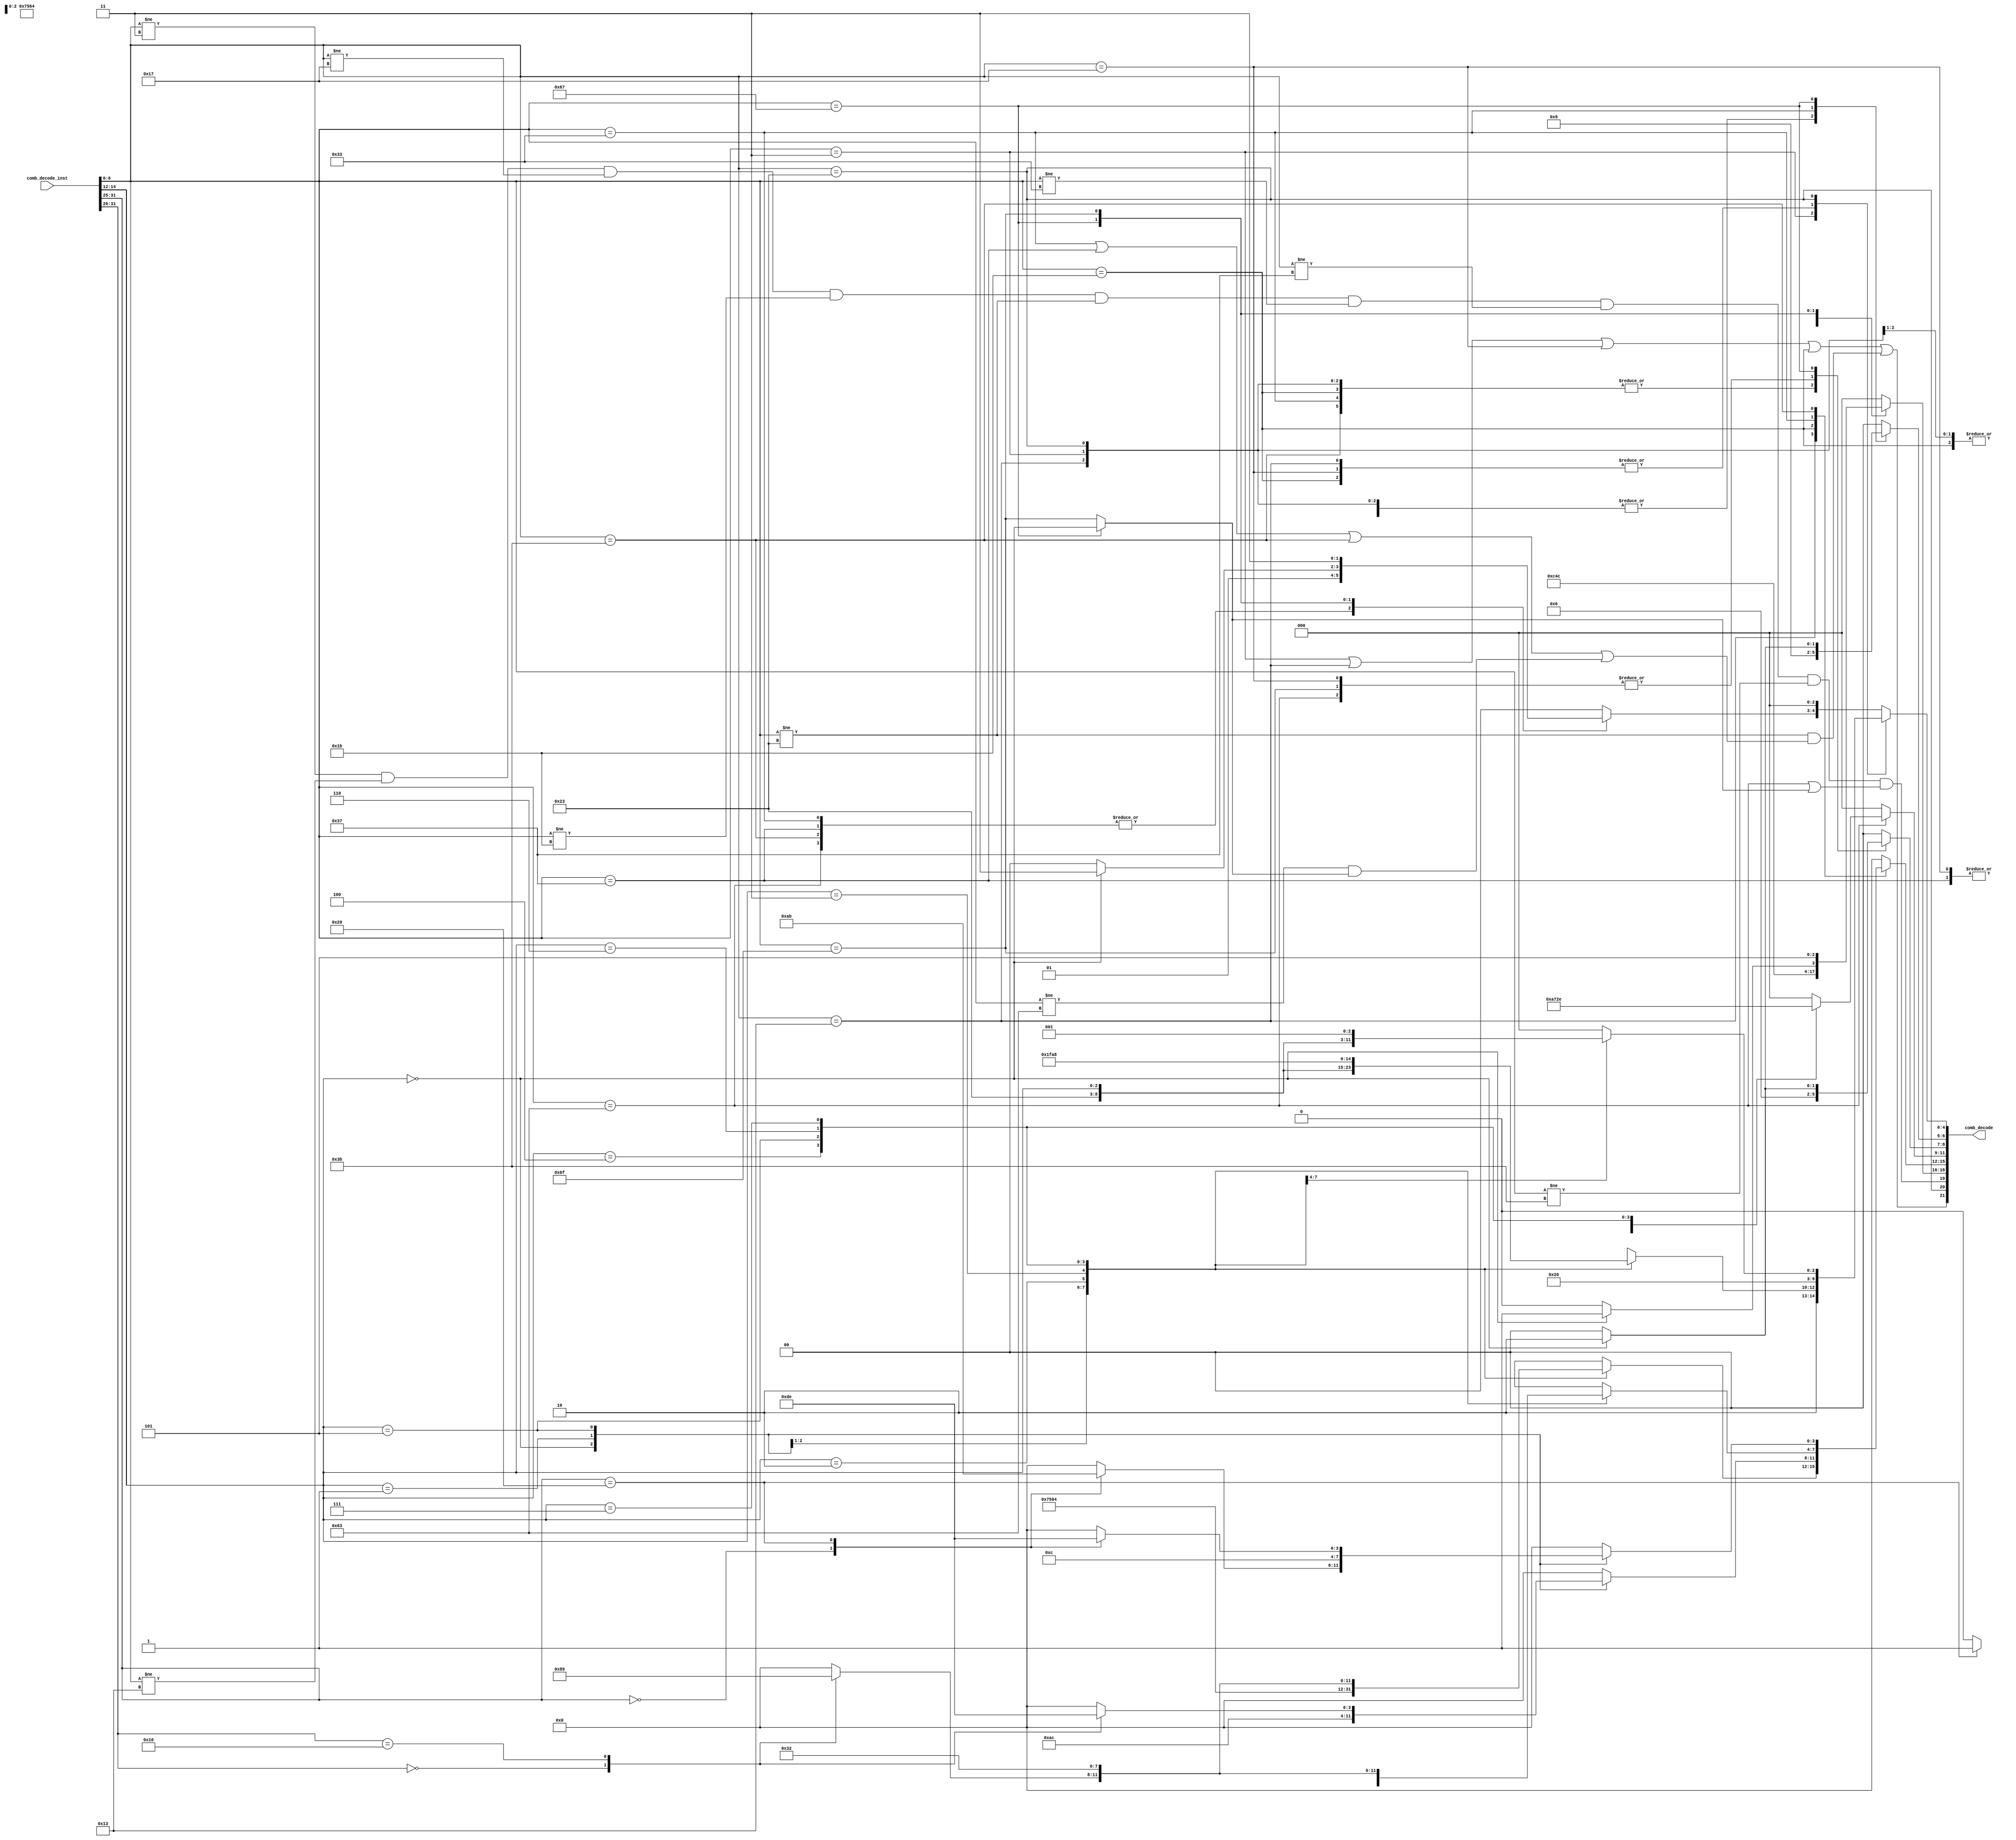
//
// Generated by Bluespec Compiler, version 2023.01 (build 52adafa5)
//
// On Sun May 28 17:16:47 CST 2023
//
//
// Ports:
// Name                         I/O  size props
// comb_decode                    O    22
// comb_decode_inst               I    32
//
// Combinational paths from inputs to outputs:
//   comb_decode_inst -> comb_decode
//
//

`ifdef BSV_ASSIGNMENT_DELAY
`else
  `define BSV_ASSIGNMENT_DELAY
`endif

`ifdef BSV_POSITIVE_RESET
  `define BSV_RESET_VALUE 1'b1
  `define BSV_RESET_EDGE posedge
`else
  `define BSV_RESET_VALUE 1'b0
  `define BSV_RESET_EDGE negedge
`endif

module module_comb_decode_full(comb_decode_inst,
			  comb_decode);
  // value method comb_decode
  input  [31 : 0] comb_decode_inst;
  output [21 : 0] comb_decode;

  // signals for module outputs
  wire [21 : 0] comb_decode;

  // remaining internal signals
  reg [4 : 0] CASE_comb_decode_inst_BITS_6_TO_0_0b11_2_CONCA_ETC__q17;
  reg [3 : 0] CASE_comb_decode_inst_BITS_14_TO_12_0b0_0_0b1__ETC__q1,
	      CASE_comb_decode_inst_BITS_14_TO_12_0b0_10_0b1_ETC__q3,
	      CASE_comb_decode_inst_BITS_14_TO_12_0b0_CASE_c_ETC__q5,
	      CASE_comb_decode_inst_BITS_14_TO_12_0b0_CASE_c_ETC__q8,
	      CASE_comb_decode_inst_BITS_31_TO_25_0b0_0_0b10_ETC__q4,
	      CASE_comb_decode_inst_BITS_31_TO_25_0b0_10_0b1_ETC__q6,
	      CASE_comb_decode_inst_BITS_31_TO_25_0b0_13_0b1_ETC__q7,
	      CASE_comb_decode_inst_BITS_31_TO_26_0b0_13_0b1_ETC__q2,
	      CASE_comb_decode_inst_BITS_6_TO_0_0b11_0_0b100_ETC__q9,
	      IF_comb_decode_inst_BITS_31_TO_26_2_EQ_0b0_3_T_ETC___d66;
  reg [2 : 0] CASE_comb_decode_inst_BITS_14_TO_12_0b0_1_0b1__ETC__q10,
	      CASE_comb_decode_inst_BITS_14_TO_12_0b0_4_0b1__ETC__q15,
	      CASE_comb_decode_inst_BITS_14_TO_12_0b0_4_0b1__ETC__q16,
	      CASE_comb_decode_inst_BITS_6_TO_0_0b11_0_0b100_ETC__q11,
	      CASE_comb_decode_inst_BITS_6_TO_0_0b11_1_0b100_ETC__q18;
  reg [1 : 0] CASE_comb_decode_inst_BITS_6_TO_0_0b110011_1_0_ETC__q14,
	      CASE_comb_decode_inst_BITS_6_TO_0_0b11_1_0b100_ETC__q12,
	      CASE_comb_decode_inst_BITS_6_TO_0_0b11_2_0b100_ETC__q13;
  wire [19 : 0] NOT_comb_decode_inst_BITS_6_TO_0_EQ_0b11_7_AND_ETC___d168;
  wire [15 : 0] IF_comb_decode_inst_BITS_6_TO_0_EQ_0b11_THEN_0_ETC___d167;
  wire [1 : 0] IF_comb_decode_inst_BITS_14_TO_12_4_EQ_0b0_5_T_ETC___d124;
  wire IF_comb_decode_inst_BITS_6_TO_0_EQ_0b1100111_3_ETC___d17;

  // value method comb_decode
  assign comb_decode =
	     { comb_decode_inst[6:0] == 7'b0000011 ||
	       comb_decode_inst[6:0] == 7'b0010011 ||
	       comb_decode_inst[6:0] == 7'b0010111 ||
	       comb_decode_inst[6:0] == 7'b0011011 ||
	       comb_decode_inst[6:0] != 7'b0100011 &&
	       (comb_decode_inst[6:0] == 7'b0110011 ||
		comb_decode_inst[6:0] == 7'b0110111 ||
		comb_decode_inst[6:0] == 7'b0111011 ||
		comb_decode_inst[6:0] != 7'b1100011 &&
		IF_comb_decode_inst_BITS_6_TO_0_EQ_0b1100111_3_ETC___d17),
	       comb_decode_inst[6:0] == 7'b0100011,
	       NOT_comb_decode_inst_BITS_6_TO_0_EQ_0b11_7_AND_ETC___d168 } ;

  // remaining internal signals
  assign IF_comb_decode_inst_BITS_14_TO_12_4_EQ_0b0_5_T_ETC___d124 =
	     (comb_decode_inst[14:12] == 3'b0) ? 2'd2 : 2'd0 ;
  assign IF_comb_decode_inst_BITS_6_TO_0_EQ_0b1100111_3_ETC___d17 =
	     (comb_decode_inst[6:0] == 7'b1100111) ?
	       comb_decode_inst[14:12] == 3'b0 :
	       comb_decode_inst[6:0] == 7'b1101111 ;
  assign IF_comb_decode_inst_BITS_6_TO_0_EQ_0b11_THEN_0_ETC___d167 =
	     { CASE_comb_decode_inst_BITS_6_TO_0_0b11_0_0b100_ETC__q9,
	       CASE_comb_decode_inst_BITS_6_TO_0_0b11_0_0b100_ETC__q11,
	       CASE_comb_decode_inst_BITS_6_TO_0_0b11_1_0b100_ETC__q12,
	       CASE_comb_decode_inst_BITS_6_TO_0_0b11_2_0b100_ETC__q13,
	       CASE_comb_decode_inst_BITS_6_TO_0_0b11_2_CONCA_ETC__q17 } ;
  assign NOT_comb_decode_inst_BITS_6_TO_0_EQ_0b11_7_AND_ETC___d168 =
	     { comb_decode_inst[6:0] != 7'b0000011 &&
	       comb_decode_inst[6:0] != 7'b0010011 &&
	       comb_decode_inst[6:0] != 7'b0010111 &&
	       comb_decode_inst[6:0] != 7'b0011011 &&
	       comb_decode_inst[6:0] != 7'b0100011 &&
	       comb_decode_inst[6:0] != 7'b0110011 &&
	       comb_decode_inst[6:0] != 7'b0110111 &&
	       comb_decode_inst[6:0] != 7'b0111011 &&
	       (comb_decode_inst[6:0] == 7'b1100011 ||
		IF_comb_decode_inst_BITS_6_TO_0_EQ_0b1100111_3_ETC___d17),
	       CASE_comb_decode_inst_BITS_6_TO_0_0b11_1_0b100_ETC__q18,
	       IF_comb_decode_inst_BITS_6_TO_0_EQ_0b11_THEN_0_ETC___d167 } ;
  always@(comb_decode_inst)
  begin
    case (comb_decode_inst[31:26])
      6'b0: IF_comb_decode_inst_BITS_31_TO_26_2_EQ_0b0_3_T_ETC___d66 = 4'd8;
      6'b010000:
	  IF_comb_decode_inst_BITS_31_TO_26_2_EQ_0b0_3_T_ETC___d66 = 4'd9;
      default: IF_comb_decode_inst_BITS_31_TO_26_2_EQ_0b0_3_T_ETC___d66 =
		   4'd0;
    endcase
  end
  always@(comb_decode_inst or
	  IF_comb_decode_inst_BITS_31_TO_26_2_EQ_0b0_3_T_ETC___d66)
  begin
    case (comb_decode_inst[14:12])
      3'b0: CASE_comb_decode_inst_BITS_14_TO_12_0b0_0_0b1__ETC__q1 = 4'd0;
      3'b001: CASE_comb_decode_inst_BITS_14_TO_12_0b0_0_0b1__ETC__q1 = 4'd7;
      3'b010: CASE_comb_decode_inst_BITS_14_TO_12_0b0_0_0b1__ETC__q1 = 4'd5;
      3'b011: CASE_comb_decode_inst_BITS_14_TO_12_0b0_0_0b1__ETC__q1 = 4'd6;
      3'b100: CASE_comb_decode_inst_BITS_14_TO_12_0b0_0_0b1__ETC__q1 = 4'd4;
      3'b101:
	  CASE_comb_decode_inst_BITS_14_TO_12_0b0_0_0b1__ETC__q1 =
	      IF_comb_decode_inst_BITS_31_TO_26_2_EQ_0b0_3_T_ETC___d66;
      3'b110: CASE_comb_decode_inst_BITS_14_TO_12_0b0_0_0b1__ETC__q1 = 4'd3;
      3'b111: CASE_comb_decode_inst_BITS_14_TO_12_0b0_0_0b1__ETC__q1 = 4'd2;
    endcase
  end
  always@(comb_decode_inst)
  begin
    case (comb_decode_inst[31:26])
      6'b0: CASE_comb_decode_inst_BITS_31_TO_26_0b0_13_0b1_ETC__q2 = 4'd13;
      6'b010000:
	  CASE_comb_decode_inst_BITS_31_TO_26_0b0_13_0b1_ETC__q2 = 4'd14;
      default: CASE_comb_decode_inst_BITS_31_TO_26_0b0_13_0b1_ETC__q2 = 4'd0;
    endcase
  end
  always@(comb_decode_inst or
	  CASE_comb_decode_inst_BITS_31_TO_26_0b0_13_0b1_ETC__q2)
  begin
    case (comb_decode_inst[14:12])
      3'b0: CASE_comb_decode_inst_BITS_14_TO_12_0b0_10_0b1_ETC__q3 = 4'd10;
      3'b001: CASE_comb_decode_inst_BITS_14_TO_12_0b0_10_0b1_ETC__q3 = 4'd12;
      3'b101:
	  CASE_comb_decode_inst_BITS_14_TO_12_0b0_10_0b1_ETC__q3 =
	      CASE_comb_decode_inst_BITS_31_TO_26_0b0_13_0b1_ETC__q2;
      default: CASE_comb_decode_inst_BITS_14_TO_12_0b0_10_0b1_ETC__q3 = 4'd0;
    endcase
  end
  always@(comb_decode_inst)
  begin
    case (comb_decode_inst[31:25])
      7'b0: CASE_comb_decode_inst_BITS_31_TO_25_0b0_0_0b10_ETC__q4 = 4'd0;
      7'b0100000:
	  CASE_comb_decode_inst_BITS_31_TO_25_0b0_0_0b10_ETC__q4 = 4'd1;
      default: CASE_comb_decode_inst_BITS_31_TO_25_0b0_0_0b10_ETC__q4 = 4'd0;
    endcase
  end
  always@(comb_decode_inst or
	  CASE_comb_decode_inst_BITS_31_TO_25_0b0_0_0b10_ETC__q4 or
	  IF_comb_decode_inst_BITS_31_TO_26_2_EQ_0b0_3_T_ETC___d66)
  begin
    case (comb_decode_inst[14:12])
      3'b0:
	  CASE_comb_decode_inst_BITS_14_TO_12_0b0_CASE_c_ETC__q5 =
	      CASE_comb_decode_inst_BITS_31_TO_25_0b0_0_0b10_ETC__q4;
      3'b001: CASE_comb_decode_inst_BITS_14_TO_12_0b0_CASE_c_ETC__q5 = 4'd7;
      3'b010: CASE_comb_decode_inst_BITS_14_TO_12_0b0_CASE_c_ETC__q5 = 4'd5;
      3'b011: CASE_comb_decode_inst_BITS_14_TO_12_0b0_CASE_c_ETC__q5 = 4'd6;
      3'b100: CASE_comb_decode_inst_BITS_14_TO_12_0b0_CASE_c_ETC__q5 = 4'd4;
      3'b101:
	  CASE_comb_decode_inst_BITS_14_TO_12_0b0_CASE_c_ETC__q5 =
	      IF_comb_decode_inst_BITS_31_TO_26_2_EQ_0b0_3_T_ETC___d66;
      3'b110: CASE_comb_decode_inst_BITS_14_TO_12_0b0_CASE_c_ETC__q5 = 4'd3;
      3'b111: CASE_comb_decode_inst_BITS_14_TO_12_0b0_CASE_c_ETC__q5 = 4'd2;
    endcase
  end
  always@(comb_decode_inst)
  begin
    case (comb_decode_inst[31:25])
      7'b0: CASE_comb_decode_inst_BITS_31_TO_25_0b0_10_0b1_ETC__q6 = 4'd10;
      7'b0100000:
	  CASE_comb_decode_inst_BITS_31_TO_25_0b0_10_0b1_ETC__q6 = 4'd11;
      default: CASE_comb_decode_inst_BITS_31_TO_25_0b0_10_0b1_ETC__q6 = 4'd0;
    endcase
  end
  always@(comb_decode_inst)
  begin
    case (comb_decode_inst[31:25])
      7'b0: CASE_comb_decode_inst_BITS_31_TO_25_0b0_13_0b1_ETC__q7 = 4'd13;
      7'b0100000:
	  CASE_comb_decode_inst_BITS_31_TO_25_0b0_13_0b1_ETC__q7 = 4'd14;
      default: CASE_comb_decode_inst_BITS_31_TO_25_0b0_13_0b1_ETC__q7 = 4'd0;
    endcase
  end
  always@(comb_decode_inst or
	  CASE_comb_decode_inst_BITS_31_TO_25_0b0_10_0b1_ETC__q6 or
	  CASE_comb_decode_inst_BITS_31_TO_25_0b0_13_0b1_ETC__q7)
  begin
    case (comb_decode_inst[14:12])
      3'b0:
	  CASE_comb_decode_inst_BITS_14_TO_12_0b0_CASE_c_ETC__q8 =
	      CASE_comb_decode_inst_BITS_31_TO_25_0b0_10_0b1_ETC__q6;
      3'b001: CASE_comb_decode_inst_BITS_14_TO_12_0b0_CASE_c_ETC__q8 = 4'd12;
      3'b101:
	  CASE_comb_decode_inst_BITS_14_TO_12_0b0_CASE_c_ETC__q8 =
	      CASE_comb_decode_inst_BITS_31_TO_25_0b0_13_0b1_ETC__q7;
      default: CASE_comb_decode_inst_BITS_14_TO_12_0b0_CASE_c_ETC__q8 = 4'd0;
    endcase
  end
  always@(comb_decode_inst or
	  CASE_comb_decode_inst_BITS_14_TO_12_0b0_0_0b1__ETC__q1 or
	  CASE_comb_decode_inst_BITS_14_TO_12_0b0_10_0b1_ETC__q3 or
	  CASE_comb_decode_inst_BITS_14_TO_12_0b0_CASE_c_ETC__q5 or
	  CASE_comb_decode_inst_BITS_14_TO_12_0b0_CASE_c_ETC__q8)
  begin
    case (comb_decode_inst[6:0])
      7'b0000011, 7'b0010111, 7'b0100011, 7'b0110111:
	  CASE_comb_decode_inst_BITS_6_TO_0_0b11_0_0b100_ETC__q9 = 4'd0;
      7'b0010011:
	  CASE_comb_decode_inst_BITS_6_TO_0_0b11_0_0b100_ETC__q9 =
	      CASE_comb_decode_inst_BITS_14_TO_12_0b0_0_0b1__ETC__q1;
      7'b0011011:
	  CASE_comb_decode_inst_BITS_6_TO_0_0b11_0_0b100_ETC__q9 =
	      CASE_comb_decode_inst_BITS_14_TO_12_0b0_10_0b1_ETC__q3;
      7'b0110011:
	  CASE_comb_decode_inst_BITS_6_TO_0_0b11_0_0b100_ETC__q9 =
	      CASE_comb_decode_inst_BITS_14_TO_12_0b0_CASE_c_ETC__q5;
      7'b0111011:
	  CASE_comb_decode_inst_BITS_6_TO_0_0b11_0_0b100_ETC__q9 =
	      CASE_comb_decode_inst_BITS_14_TO_12_0b0_CASE_c_ETC__q8;
      default: CASE_comb_decode_inst_BITS_6_TO_0_0b11_0_0b100_ETC__q9 = 4'd0;
    endcase
  end
  always@(comb_decode_inst)
  begin
    case (comb_decode_inst[14:12])
      3'b0: CASE_comb_decode_inst_BITS_14_TO_12_0b0_1_0b1__ETC__q10 = 3'd1;
      3'b001: CASE_comb_decode_inst_BITS_14_TO_12_0b0_1_0b1__ETC__q10 = 3'd2;
      3'b100: CASE_comb_decode_inst_BITS_14_TO_12_0b0_1_0b1__ETC__q10 = 3'd3;
      3'b101: CASE_comb_decode_inst_BITS_14_TO_12_0b0_1_0b1__ETC__q10 = 3'd4;
      3'b110: CASE_comb_decode_inst_BITS_14_TO_12_0b0_1_0b1__ETC__q10 = 3'd5;
      3'b111: CASE_comb_decode_inst_BITS_14_TO_12_0b0_1_0b1__ETC__q10 = 3'd6;
      default: CASE_comb_decode_inst_BITS_14_TO_12_0b0_1_0b1__ETC__q10 = 3'd0;
    endcase
  end
  always@(comb_decode_inst or
	  CASE_comb_decode_inst_BITS_14_TO_12_0b0_1_0b1__ETC__q10)
  begin
    case (comb_decode_inst[6:0])
      7'b0000011,
      7'b0010011,
      7'b0010111,
      7'b0011011,
      7'b0100011,
      7'b0110011,
      7'b0110111,
      7'b0111011:
	  CASE_comb_decode_inst_BITS_6_TO_0_0b11_0_0b100_ETC__q11 = 3'd0;
      7'b1100011:
	  CASE_comb_decode_inst_BITS_6_TO_0_0b11_0_0b100_ETC__q11 =
	      CASE_comb_decode_inst_BITS_14_TO_12_0b0_1_0b1__ETC__q10;
      default: CASE_comb_decode_inst_BITS_6_TO_0_0b11_0_0b100_ETC__q11 = 3'd0;
    endcase
  end
  always@(comb_decode_inst or
	  IF_comb_decode_inst_BITS_14_TO_12_4_EQ_0b0_5_T_ETC___d124)
  begin
    case (comb_decode_inst[6:0])
      7'b0000011, 7'b0010011, 7'b0011011, 7'b0100011, 7'b0110011, 7'b0111011:
	  CASE_comb_decode_inst_BITS_6_TO_0_0b11_1_0b100_ETC__q12 = 2'd1;
      7'b0010111, 7'b1100011, 7'b1101111:
	  CASE_comb_decode_inst_BITS_6_TO_0_0b11_1_0b100_ETC__q12 = 2'd2;
      7'b0110111:
	  CASE_comb_decode_inst_BITS_6_TO_0_0b11_1_0b100_ETC__q12 = 2'd0;
      7'b1100111:
	  CASE_comb_decode_inst_BITS_6_TO_0_0b11_1_0b100_ETC__q12 =
	      IF_comb_decode_inst_BITS_14_TO_12_4_EQ_0b0_5_T_ETC___d124;
      default: CASE_comb_decode_inst_BITS_6_TO_0_0b11_1_0b100_ETC__q12 = 2'd0;
    endcase
  end
  always@(comb_decode_inst or
	  IF_comb_decode_inst_BITS_14_TO_12_4_EQ_0b0_5_T_ETC___d124)
  begin
    case (comb_decode_inst[6:0])
      7'b0000011,
      7'b0010011,
      7'b0010111,
      7'b0011011,
      7'b0100011,
      7'b0110111,
      7'b0111011,
      7'b1100011,
      7'b1101111:
	  CASE_comb_decode_inst_BITS_6_TO_0_0b11_2_0b100_ETC__q13 = 2'd2;
      7'b0110011:
	  CASE_comb_decode_inst_BITS_6_TO_0_0b11_2_0b100_ETC__q13 = 2'd1;
      7'b1100111:
	  CASE_comb_decode_inst_BITS_6_TO_0_0b11_2_0b100_ETC__q13 =
	      IF_comb_decode_inst_BITS_14_TO_12_4_EQ_0b0_5_T_ETC___d124;
      default: CASE_comb_decode_inst_BITS_6_TO_0_0b11_2_0b100_ETC__q13 = 2'd0;
    endcase
  end
  always@(comb_decode_inst)
  begin
    case (comb_decode_inst[6:0])
      7'b0110011, 7'b0110111, 7'b0111011, 7'b1100011:
	  CASE_comb_decode_inst_BITS_6_TO_0_0b110011_1_0_ETC__q14 = 2'd1;
      7'b1100111:
	  CASE_comb_decode_inst_BITS_6_TO_0_0b110011_1_0_ETC__q14 =
	      (comb_decode_inst[14:12] == 3'b0) ? 2'd3 : 2'd0;
      7'b1101111:
	  CASE_comb_decode_inst_BITS_6_TO_0_0b110011_1_0_ETC__q14 = 2'd3;
      default: CASE_comb_decode_inst_BITS_6_TO_0_0b110011_1_0_ETC__q14 = 2'd0;
    endcase
  end
  always@(comb_decode_inst)
  begin
    case (comb_decode_inst[14:12])
      3'b0: CASE_comb_decode_inst_BITS_14_TO_12_0b0_4_0b1__ETC__q15 = 3'd4;
      3'b001: CASE_comb_decode_inst_BITS_14_TO_12_0b0_4_0b1__ETC__q15 = 3'd3;
      3'b010:
	  CASE_comb_decode_inst_BITS_14_TO_12_0b0_4_0b1__ETC__q15 =
	      comb_decode_inst[14:12];
      3'b011: CASE_comb_decode_inst_BITS_14_TO_12_0b0_4_0b1__ETC__q15 = 3'd1;
      3'b100: CASE_comb_decode_inst_BITS_14_TO_12_0b0_4_0b1__ETC__q15 = 3'd7;
      3'b101: CASE_comb_decode_inst_BITS_14_TO_12_0b0_4_0b1__ETC__q15 = 3'd6;
      3'b110: CASE_comb_decode_inst_BITS_14_TO_12_0b0_4_0b1__ETC__q15 = 3'd5;
      3'd7: CASE_comb_decode_inst_BITS_14_TO_12_0b0_4_0b1__ETC__q15 = 3'd0;
    endcase
  end
  always@(comb_decode_inst)
  begin
    case (comb_decode_inst[14:12])
      3'b0: CASE_comb_decode_inst_BITS_14_TO_12_0b0_4_0b1__ETC__q16 = 3'd4;
      3'b001: CASE_comb_decode_inst_BITS_14_TO_12_0b0_4_0b1__ETC__q16 = 3'd3;
      3'b010:
	  CASE_comb_decode_inst_BITS_14_TO_12_0b0_4_0b1__ETC__q16 =
	      comb_decode_inst[14:12];
      3'b011: CASE_comb_decode_inst_BITS_14_TO_12_0b0_4_0b1__ETC__q16 = 3'd1;
      default: CASE_comb_decode_inst_BITS_14_TO_12_0b0_4_0b1__ETC__q16 = 3'd0;
    endcase
  end
  always@(comb_decode_inst or
	  CASE_comb_decode_inst_BITS_6_TO_0_0b110011_1_0_ETC__q14 or
	  CASE_comb_decode_inst_BITS_14_TO_12_0b0_4_0b1__ETC__q15 or
	  CASE_comb_decode_inst_BITS_14_TO_12_0b0_4_0b1__ETC__q16)
  begin
    case (comb_decode_inst[6:0])
      7'b0000011:
	  CASE_comb_decode_inst_BITS_6_TO_0_0b11_2_CONCA_ETC__q17 =
	      { 2'd2,
		CASE_comb_decode_inst_BITS_14_TO_12_0b0_4_0b1__ETC__q15 };
      7'b0010011, 7'b0010111, 7'b0011011:
	  CASE_comb_decode_inst_BITS_6_TO_0_0b11_2_CONCA_ETC__q17 = 5'd8;
      7'b0100011:
	  CASE_comb_decode_inst_BITS_6_TO_0_0b11_2_CONCA_ETC__q17 =
	      { 2'd0,
		CASE_comb_decode_inst_BITS_14_TO_12_0b0_4_0b1__ETC__q16 };
      default: CASE_comb_decode_inst_BITS_6_TO_0_0b11_2_CONCA_ETC__q17 =
		   { CASE_comb_decode_inst_BITS_6_TO_0_0b110011_1_0_ETC__q14,
		     3'd0 };
    endcase
  end
  always@(comb_decode_inst)
  begin
    case (comb_decode_inst[6:0])
      7'b0000011, 7'b0010011, 7'b0011011:
	  CASE_comb_decode_inst_BITS_6_TO_0_0b11_1_0b100_ETC__q18 = 3'd1;
      7'b0010111, 7'b0110111:
	  CASE_comb_decode_inst_BITS_6_TO_0_0b11_1_0b100_ETC__q18 = 3'd4;
      7'b0100011:
	  CASE_comb_decode_inst_BITS_6_TO_0_0b11_1_0b100_ETC__q18 = 3'd2;
      7'b0110011, 7'b0111011:
	  CASE_comb_decode_inst_BITS_6_TO_0_0b11_1_0b100_ETC__q18 = 3'd0;
      7'b1100011:
	  CASE_comb_decode_inst_BITS_6_TO_0_0b11_1_0b100_ETC__q18 = 3'd3;
      7'b1100111:
	  CASE_comb_decode_inst_BITS_6_TO_0_0b11_1_0b100_ETC__q18 =
	      (comb_decode_inst[14:12] == 3'b0) ? 3'd1 : 3'd0;
      7'b1101111:
	  CASE_comb_decode_inst_BITS_6_TO_0_0b11_1_0b100_ETC__q18 = 3'd5;
      default: CASE_comb_decode_inst_BITS_6_TO_0_0b11_1_0b100_ETC__q18 = 3'd0;
    endcase
  end
endmodule  // module_comb_decode